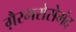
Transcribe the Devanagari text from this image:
ग़ैरभरोसेमंद